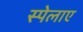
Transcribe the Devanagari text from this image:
स्पेलाए